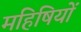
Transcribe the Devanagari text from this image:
महिषियों